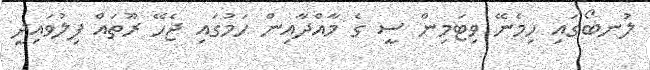
ލުނބޯގައި ހިމެނޭ ވިޓަމިން ސީ ގެ މާއްދާއިން ހަމުގައި ޖެހޭ ރޫތައް ފިލުވައިދީ